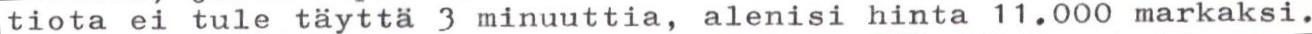
tiota ei tule täyttä 3 minuuttia, alenisi hinta 11.000 markaksi.